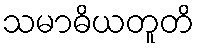
သမာဓိယတူတိ